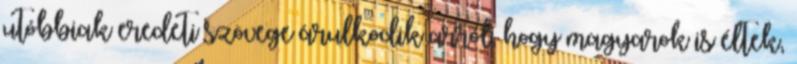
utóbbiak eredeti szövege árulkodik arról, hogy magyarok is éltek,